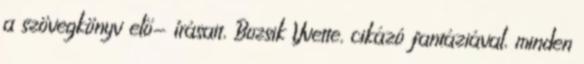
a szövegkönyv elő- írásait, Bozsik Yvette, cikázó fantáziával, minden